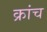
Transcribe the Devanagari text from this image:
क्रांच